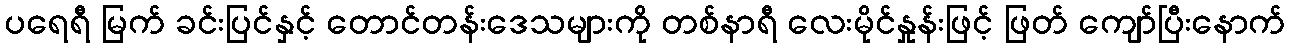
ပရေရီ မြက် ခင်းပြင်နှင့် တောင်တန်းဒေသများကို တစ်နာရီ လေးမိုင်နှုန်းဖြင့် ဖြတ် ကျော်ပြီးနောက်